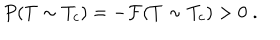
P ( T \sim T _ { c } ) = - { \cal F } ( T \sim T _ { c } ) > 0 \; .